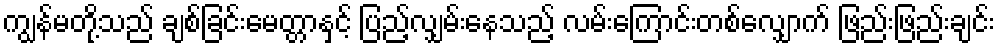
ကျွန်မတို့သည် ချစ်ခြင်းမေတ္တာနှင့် ပြည့်လျှမ်းနေသည့် လမ်းကြောင်းတစ်လျှောက် ဖြည်းဖြည်းချင်း